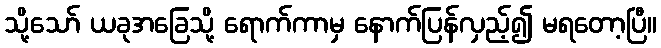
သို့သော် ယခုအခြေသို့ ရောက်ကာမှ နောက်ပြန်လှည့်၍ မရတော့ပြီ။